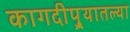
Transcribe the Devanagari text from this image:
कागदीपुर्‍यातल्या